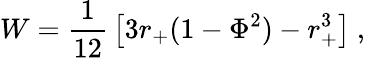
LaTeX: W={\frac{1}{12}}\left[3r_{+}(1-\Phi^{2})-r_{+}^{3}\right]\ ,